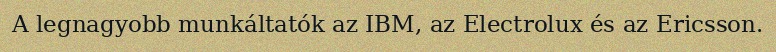
A legnagyobb munkáltatók az IBM, az Electrolux és az Ericsson.